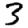
Digit: 3